Riigikantselei, lk 322
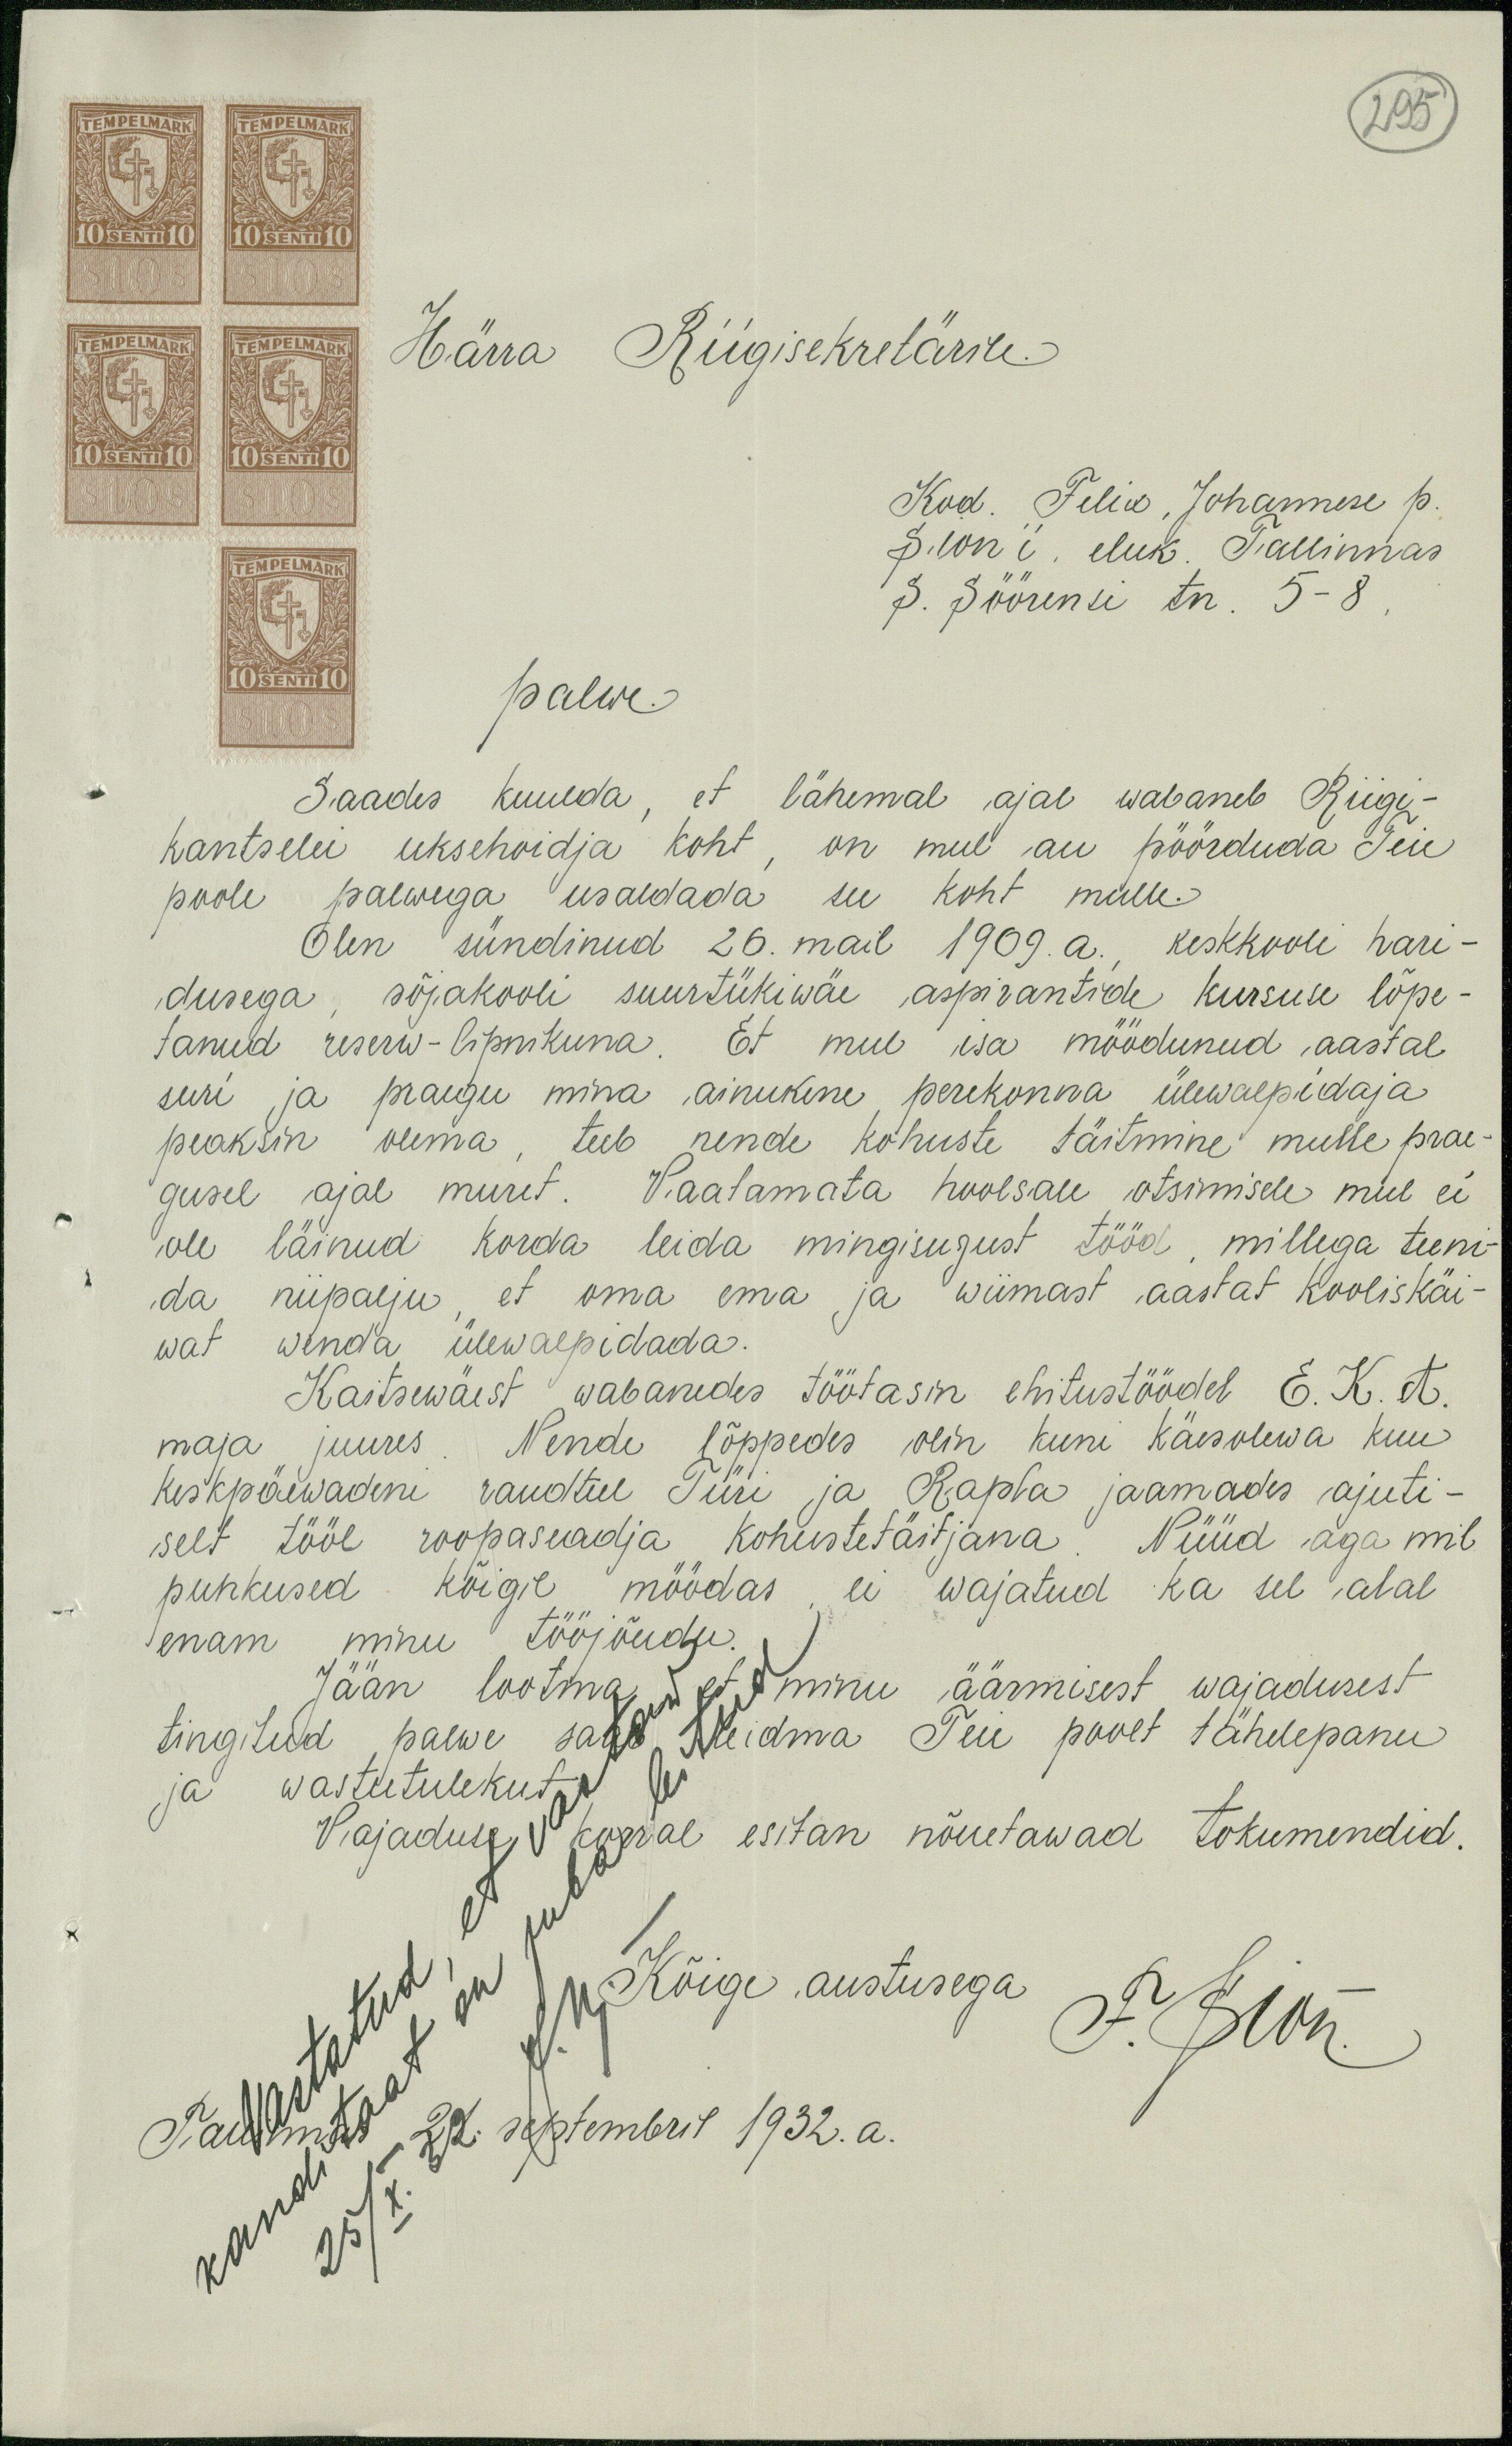
295
Härra Riigisekretärile.
Kod. Felix, Johannese p.
Sion'i, eluk. Tallinnas
S. Söörensi tn. 5 - 8
palwe.
Saades kuulda, et lähemal ajal wabaneb Riigi-
kantselei uksehoidja koht, on mul au pöörduda Teie
poole palwega usaldada see koht mulle.
Olen sündinud 26. mail 1909. a., keskkooli hari-
dusega, sõjakooli suurtükiwäe aspirantide kursuse lõpe-
tanud reserw-lipnikuna. Et mul isa möödunud aastal
suri ja praegu mina ainukene perekonna ülewalpidaja
peaksin olema, teeb nende kohuste täitmine mulle prae-
gusel ajal muret. Vaatamata hoolsale otsimisele mul ei
ole läinud korda leida mingisugust tööd, millega teeni-
da niipalju, et oma oma ja wiimast aastat kooliskäi-
wat wenda ülewalpidada.
Kaitsewäest wabanedes töötasin ehitustöödel E. K. A.
maja juures. Nende lõppedes olin kuni käesolewa kuu
keskpäewadeni raudteel Türi ja Rapla jaamades ajuti-
selt tööl roopaseadja kohustetäitjana Nüüd aga mil
puhkused kõigil möödas, ei wajatud ka sel alal
enam minu tööjõudu.
Jään lootma, et minu äärmisest wajadusest
tingitud palwe saab leidma Teie poolt tähelepanu
ja
vastutulekut
Vajaduse korral esitan nõutawad tokumendid.
Kõige austusega F. Sion.
Tallinnas 21. septembril 1932. a.